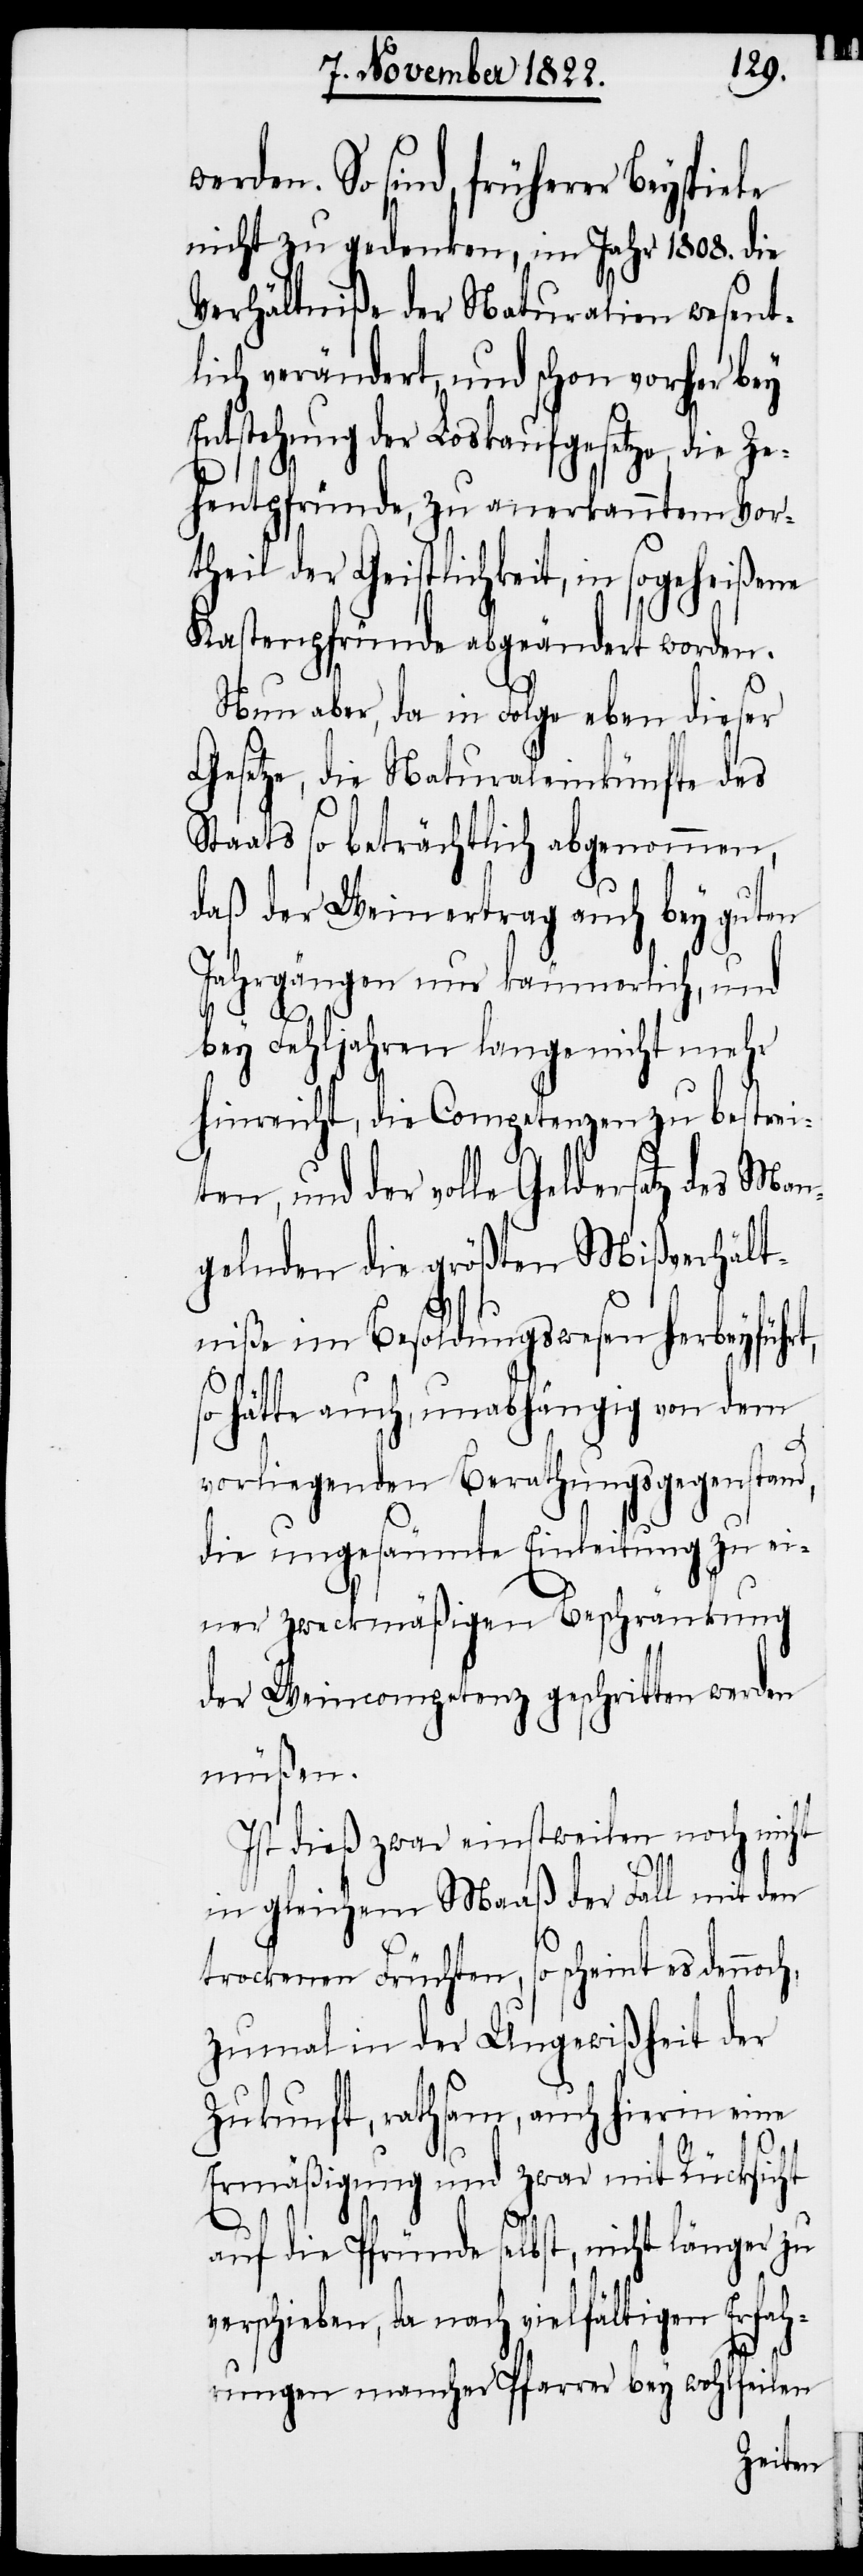
werden. So sind, früherer Beyspiele
nicht zu gedenken, im Jahr 1808. die
Verhältniße der Naturalien wesent¬
lich verändert, und schon vorher bey
Entstehung der Loskaufgesetze, die
Zehentpfründe, zu anerkanntem Vor¬
theil der Geistlichkeit, in sogeheißene
Kastenpfründe abgeändert worden.
Nun aber, da in Folge eben dieser
Gesetze, die Naturaleinkünfte des
Staats so beträchtlich abgenommen,
daß der Weinertrag auch bey guten
Jahrgängen nur käumerlich, und
bey Fehljahren lange nicht mehr
hinreicht, die Competenzen zu bestrei¬
ten, und der volle Geldersatz des Man¬
gelnden die größten Mißverhält¬
niße im Besoldungswesen herbeyführt,
hätte auch, unabhängig von dem
vorliegenden Berathungsgegenstand,
die ungesäumte Einleitung zu ei¬
ner zweckmäßigen Beschränkung
der Weincompetenz geschritten werden
müßen.
Ist dieß zwar einstweilen noch nicht
in gleichem Maaß der Fall mit den
trockenen Früchten, so scheint es dennoch,
zumal in der Ungewißheit der
Zukunft, rathsam, auch hierin eine
Ermäßigung und zwar mit Rücksicht
auf die Pfründe selbst, nicht länger zu
verschieben, da nach vielfältigen Erfahr¬
ungen mancher Pfarrer bey wohlfeilen